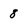
Character: 8